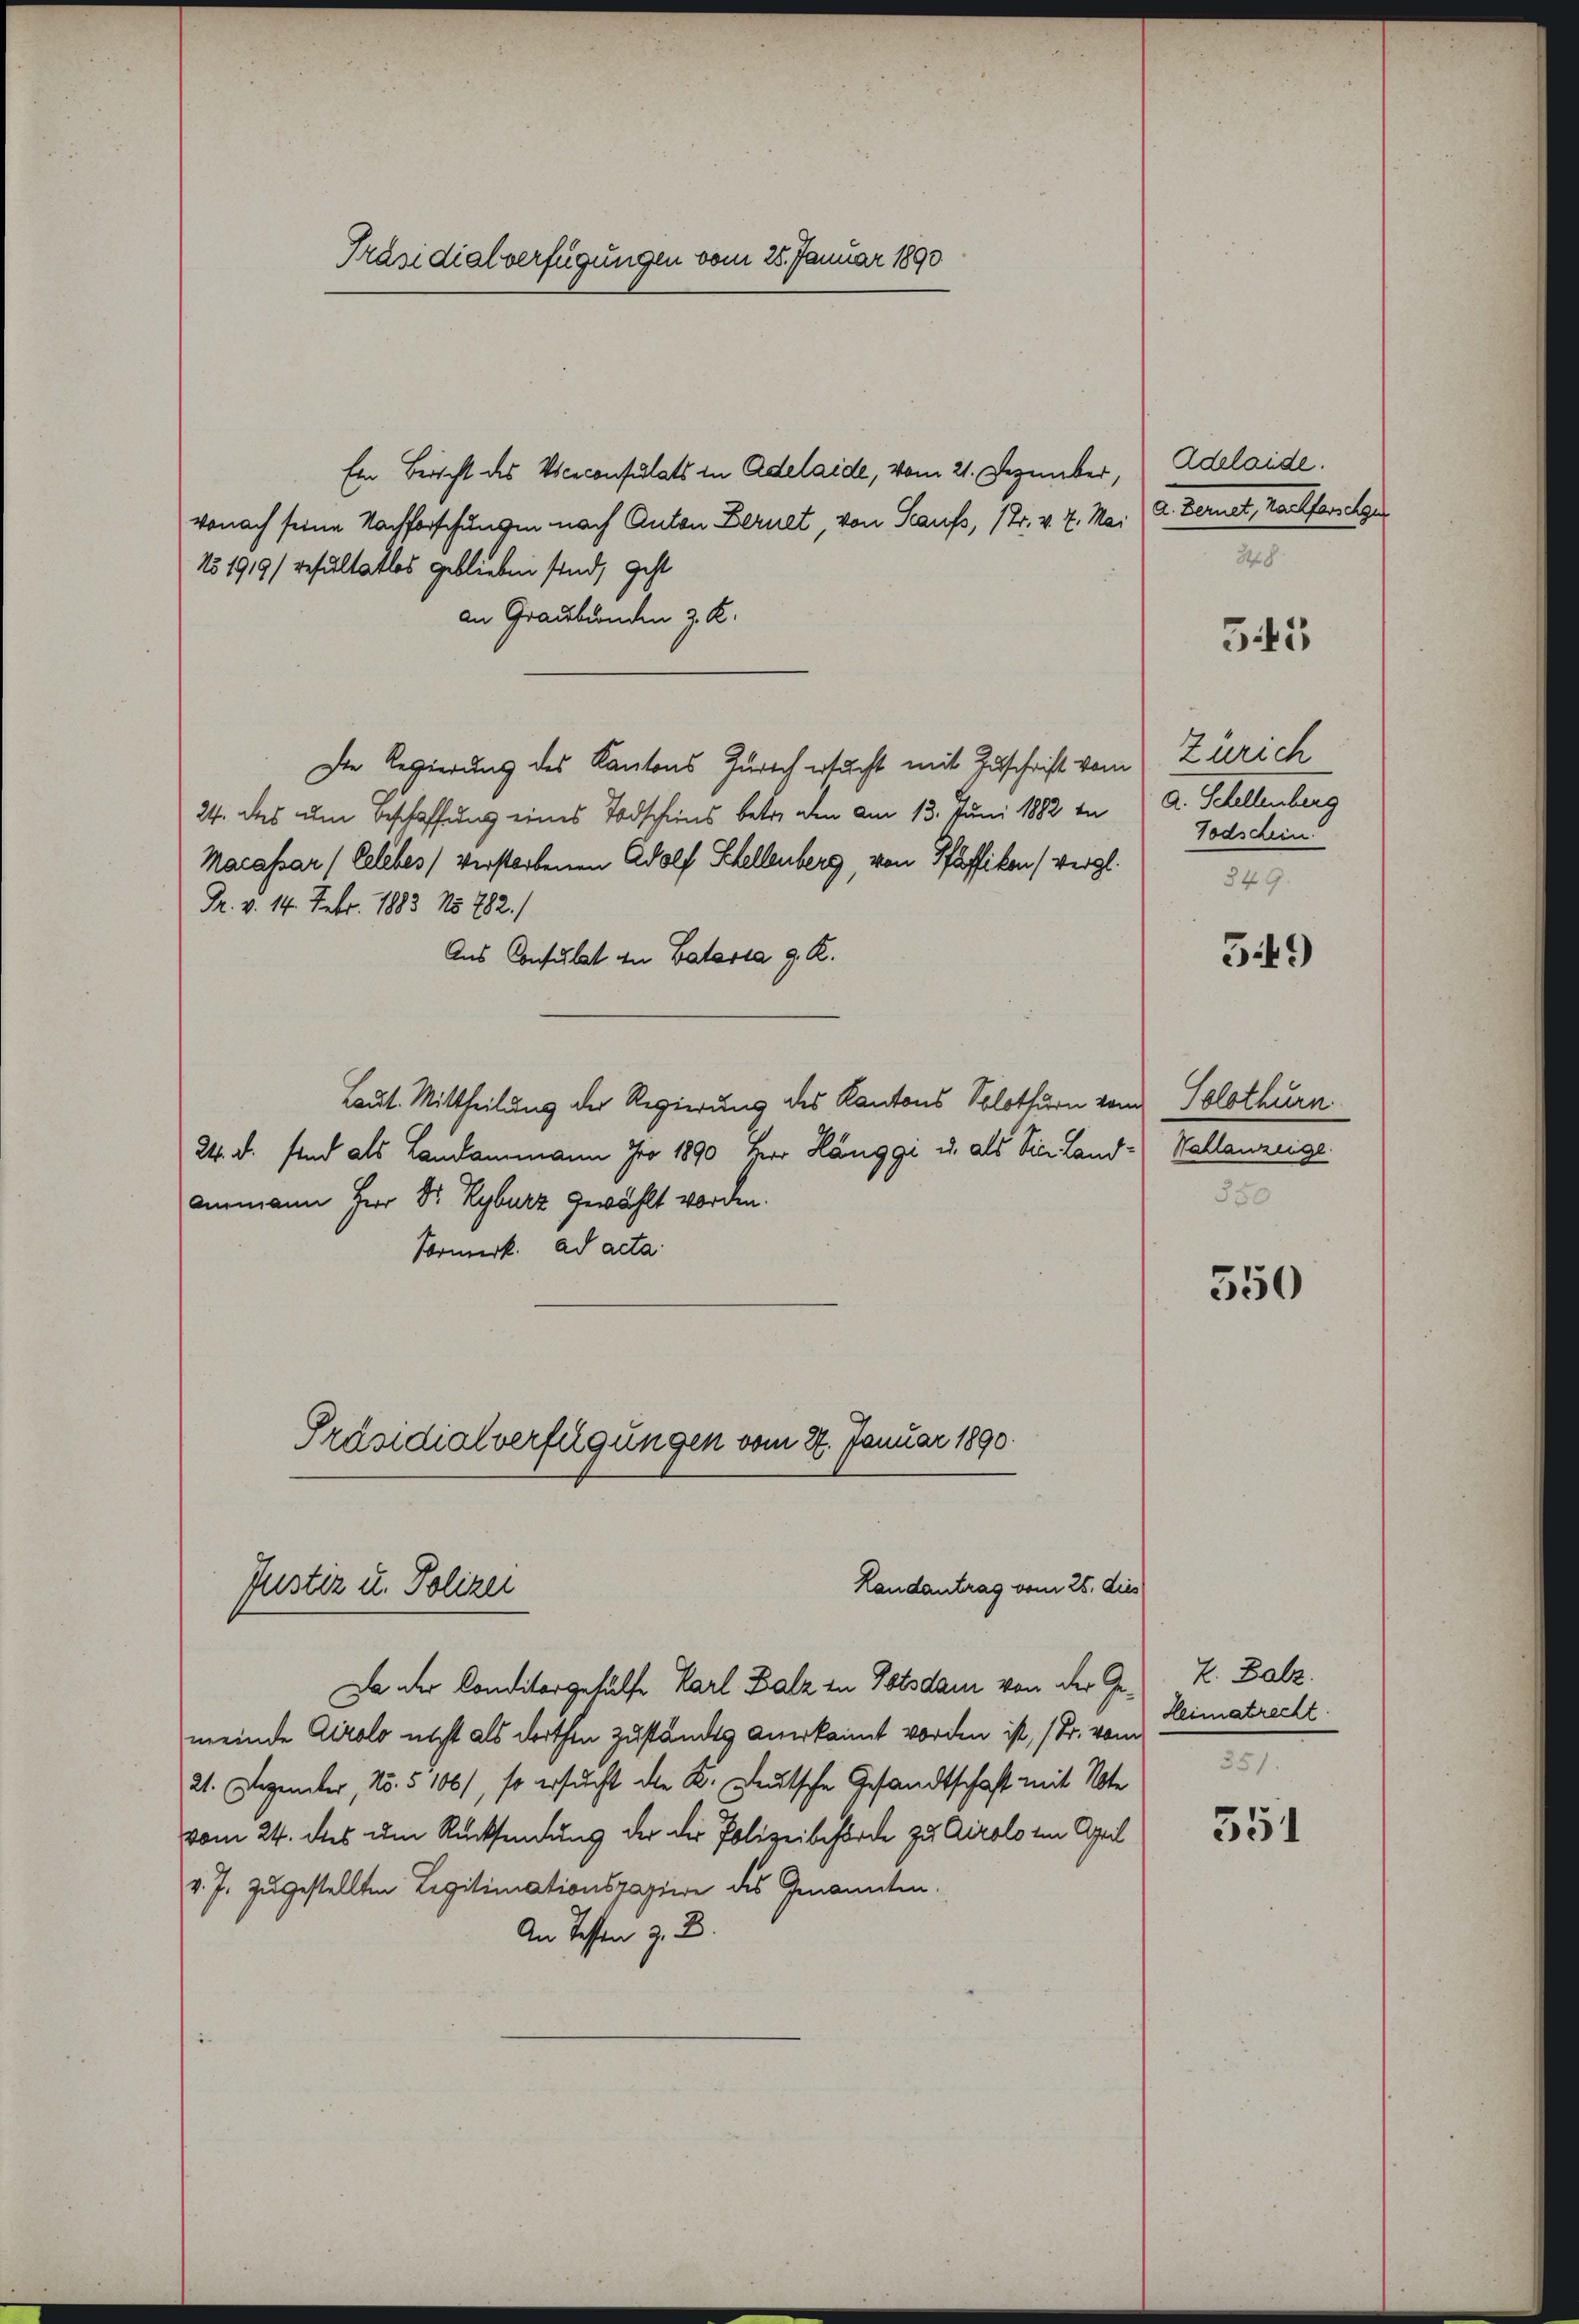
Ein Bericht des Viceconsulats in Adelaide, vom 21. Dezember,
wonach seine Nachforschungen nach Anton Bernet, von Staufs, 17. v. 7. Mai
No 1919/ resultatlos geblieben sind, geht
an Graubünden z. K.
Der Regierung des Kantons Zürich ersucht mit Zuschrift vom Zürich
24. des um Beschaffung eines Todscheins betre den am 13. Juni 1882 in
Macassar (Celebes, verstorbenen Adolf Schellenberg, von Pfäffikon (vergl.
Pr. v. 14. Febr. 1883 No 782.)
Ans Consulat in Batavia g. R.
Laut. Mittheilung der Regierung des Kantons Solothurn vom Solothurn
24. d. sind als Landammann Iro 1890, Herr Hänggi u. als Sie Land - Wahlanzeige
Anemann Herr Dr Kyburz gewählt worden.
Vormerk. ad acta
Präsidialverfügungen vom 27. Januar 1890.

Präsidialverfügungen vom 25. Januar 1890

Landantrag vom 25. dies
Justiz u. Polizei

Da der Conditorgehülfe Karl Balz in Potsdam von der Ge- E. Balz
meinde Airolo nicht als dorthen zuständis anerkannt worden ist, (Dr. vom
21. Degenler, No. 5106), so ersucht die K. Deutsche Gesandtschaft mit Note
vom 24. des um Rücksendung der die Polizeibehörde zu Airolo im April
v. J. zugestellten Legitimationspaziere des Genannten.
An Tessen z. B.

Adelaide.
a. Berat, nachforstges
28

345

a. Schellenberg
Todschein.
349.

549

550

550

Heimatrecht
351.

351